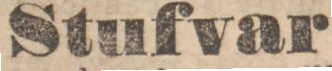
Stufvar